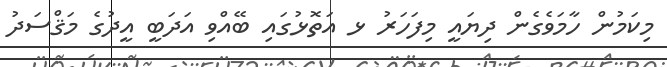
މިކަމުން ހާމަވެގެން ދިޔައީ މިފަހަރު ޅ އަތޮޅުގައި ބޭއްވި އަދަބީ އީދުގެ މަޤްސަދު